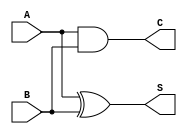
module carry_lookahead_half_adder (
    input wire A,    // Single-bit input A
    input wire B,    // Single-bit input B
    output wire S,   // Single-bit sum output
    output wire C    // Single-bit carry output
);

// Internal signals for carry generation and propagation (optional in this case)
wire G;  // Carry Generate
wire P;  // Carry Propagate

// Logic for Sum output (S) using XOR
assign S = A ^ B;

// Logic for Carry output (C) using AND
assign C = A & B;

// Logic for Carry Generate (G) and Carry Propagate (P)
assign G = A & B; // G = A  B
assign P = A ^ B; // P = A  B

endmodule